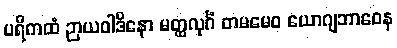
ပရိကထံ ဉာယဝါဒိနော မတ္ထလုင်္ဂံ တမမေဝ ယောဂျဘာဝေန